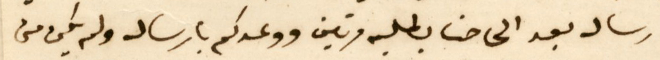
ارساله بعد الحاحنا بطلبه مرتين ووعدكم بارساله ولم يكن من